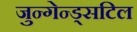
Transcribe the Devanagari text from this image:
जुन्गेन्ड्सटिल